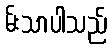
မ်းသာပါသည်